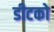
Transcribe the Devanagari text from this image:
डीटको